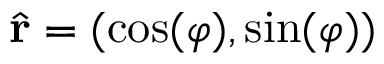
{ \hat { \mathbf { r } } } = ( \cos ( \varphi ) , \sin ( \varphi ) )